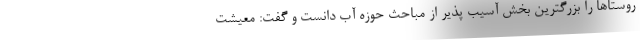
روستاها را بزرگترین بخش آسیب پذیر از مباحث حوزه آب دانست و گفت: معیشت